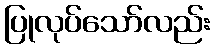
ပြုလုပ်သော်လည်း